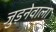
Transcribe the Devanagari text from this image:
जुड़नेवाला